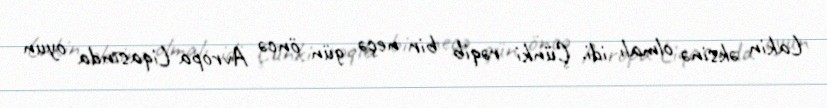
Lakin əksinə olmalı idi. Çünki rəqib bir neçə gün öncə Avropa Liqasında oyun